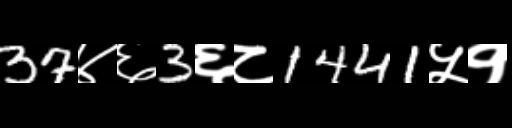
Text: 37४६3६८1441५१